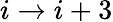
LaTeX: i\to i+3